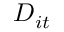
D _ { i t }